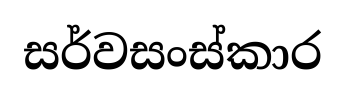
සර්වසංස්කාර